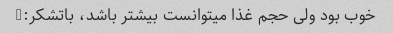
خوب بود ولی حجم غذا میتوانست بیشتر باشد، باتشکر:)